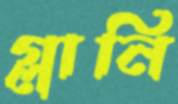
গ্লানি